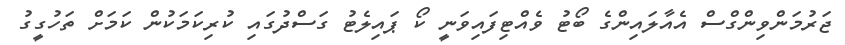
ޖަރުމަންވިންގްސް އެއާލައިންގެ ބޯޓު ވެއްޓިފައިވަނީ ކޯ ޕައިލެޓު ގަސްދުގައި ކުރިކަމަކުން ކަމަށް ތަހުގީގު